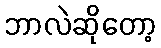
ဘာလဲဆိုတော့